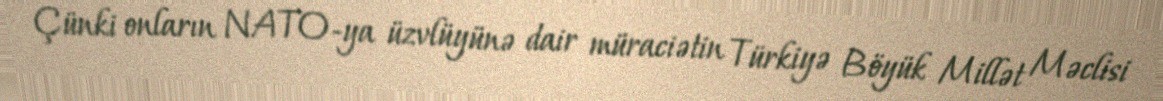
Çünki onların NATO-ya üzvlüyünə dair müraciətin Türkiyə Böyük Millət Məclisi